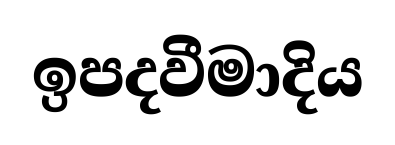
ඉපදවීමාදිය